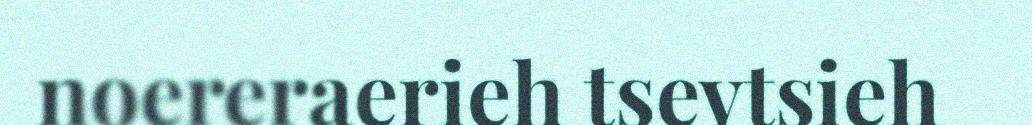
noereraerieh tsevtsieh